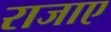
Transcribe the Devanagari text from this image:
राजाए